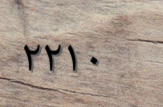
٢٢١٠